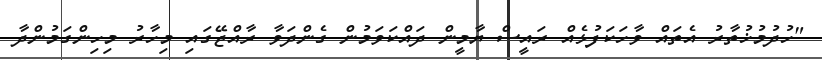
"ހުދުމުޚުތާރު އެތައް ވާހަކަފުޅެއް ރައީސް ޔާމީން ދައްކަވަމުން ގެންދަވާ ރާއްޖޭގައި މިހާރު މިހިންގަމުންދާ